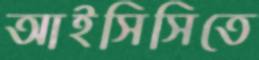
আইসিসিতে